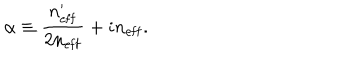
\alpha \equiv \frac { n _ { \mathrm { e f f } } ^ { \prime } } { 2 n _ { \mathrm { e f f } } } + i n _ { \mathrm { e f f } } .